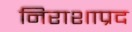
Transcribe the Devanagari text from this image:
निराशाप्रद